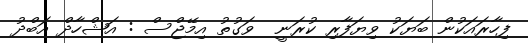
ފިހާރައަކުން ބަޔަކު ވިޔަފާރި ކުރަނީ  ވަގުތު އިމޭޖްސް : އަޝްހާދް އަބްދު